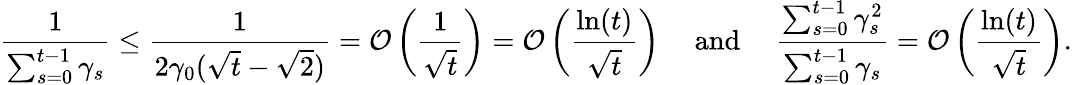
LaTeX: \frac{1}{\sum_{s=0}^{t-1}\gamma_{s}}\leq\frac{1}{2\gamma_{0}(\sqrt{t}-\sqrt{2})}=\mathcal{O}\left(\frac{1}{\sqrt{t}}\right)=\mathcal{O}\left(\frac{\ln(t)}{\sqrt{t}}\right)\quad\mathrm{~and~}\quad\frac{\sum_{s=0}^{t-1}\gamma_{s}^{2}}{\sum_{s=0}^{t-1}\gamma_{s}}=\mathcal{O}\left(\frac{\ln(t)}{\sqrt{t}}\right).